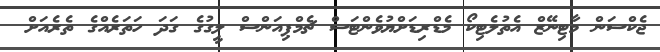
ޖެކްސަން މާޓިނޭޒް އެތުލެޓިކޯ މެޑްރިޑަށްޔުވެންޓަސް ޗެމްޕިއަންސް ލީގުގެ ގަދަ ހަތަރެއްގެ ތެރެއަށް